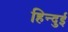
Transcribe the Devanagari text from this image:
हिन्दुई